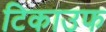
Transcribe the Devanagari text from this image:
टिकाउफ